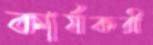
কার্যকরী